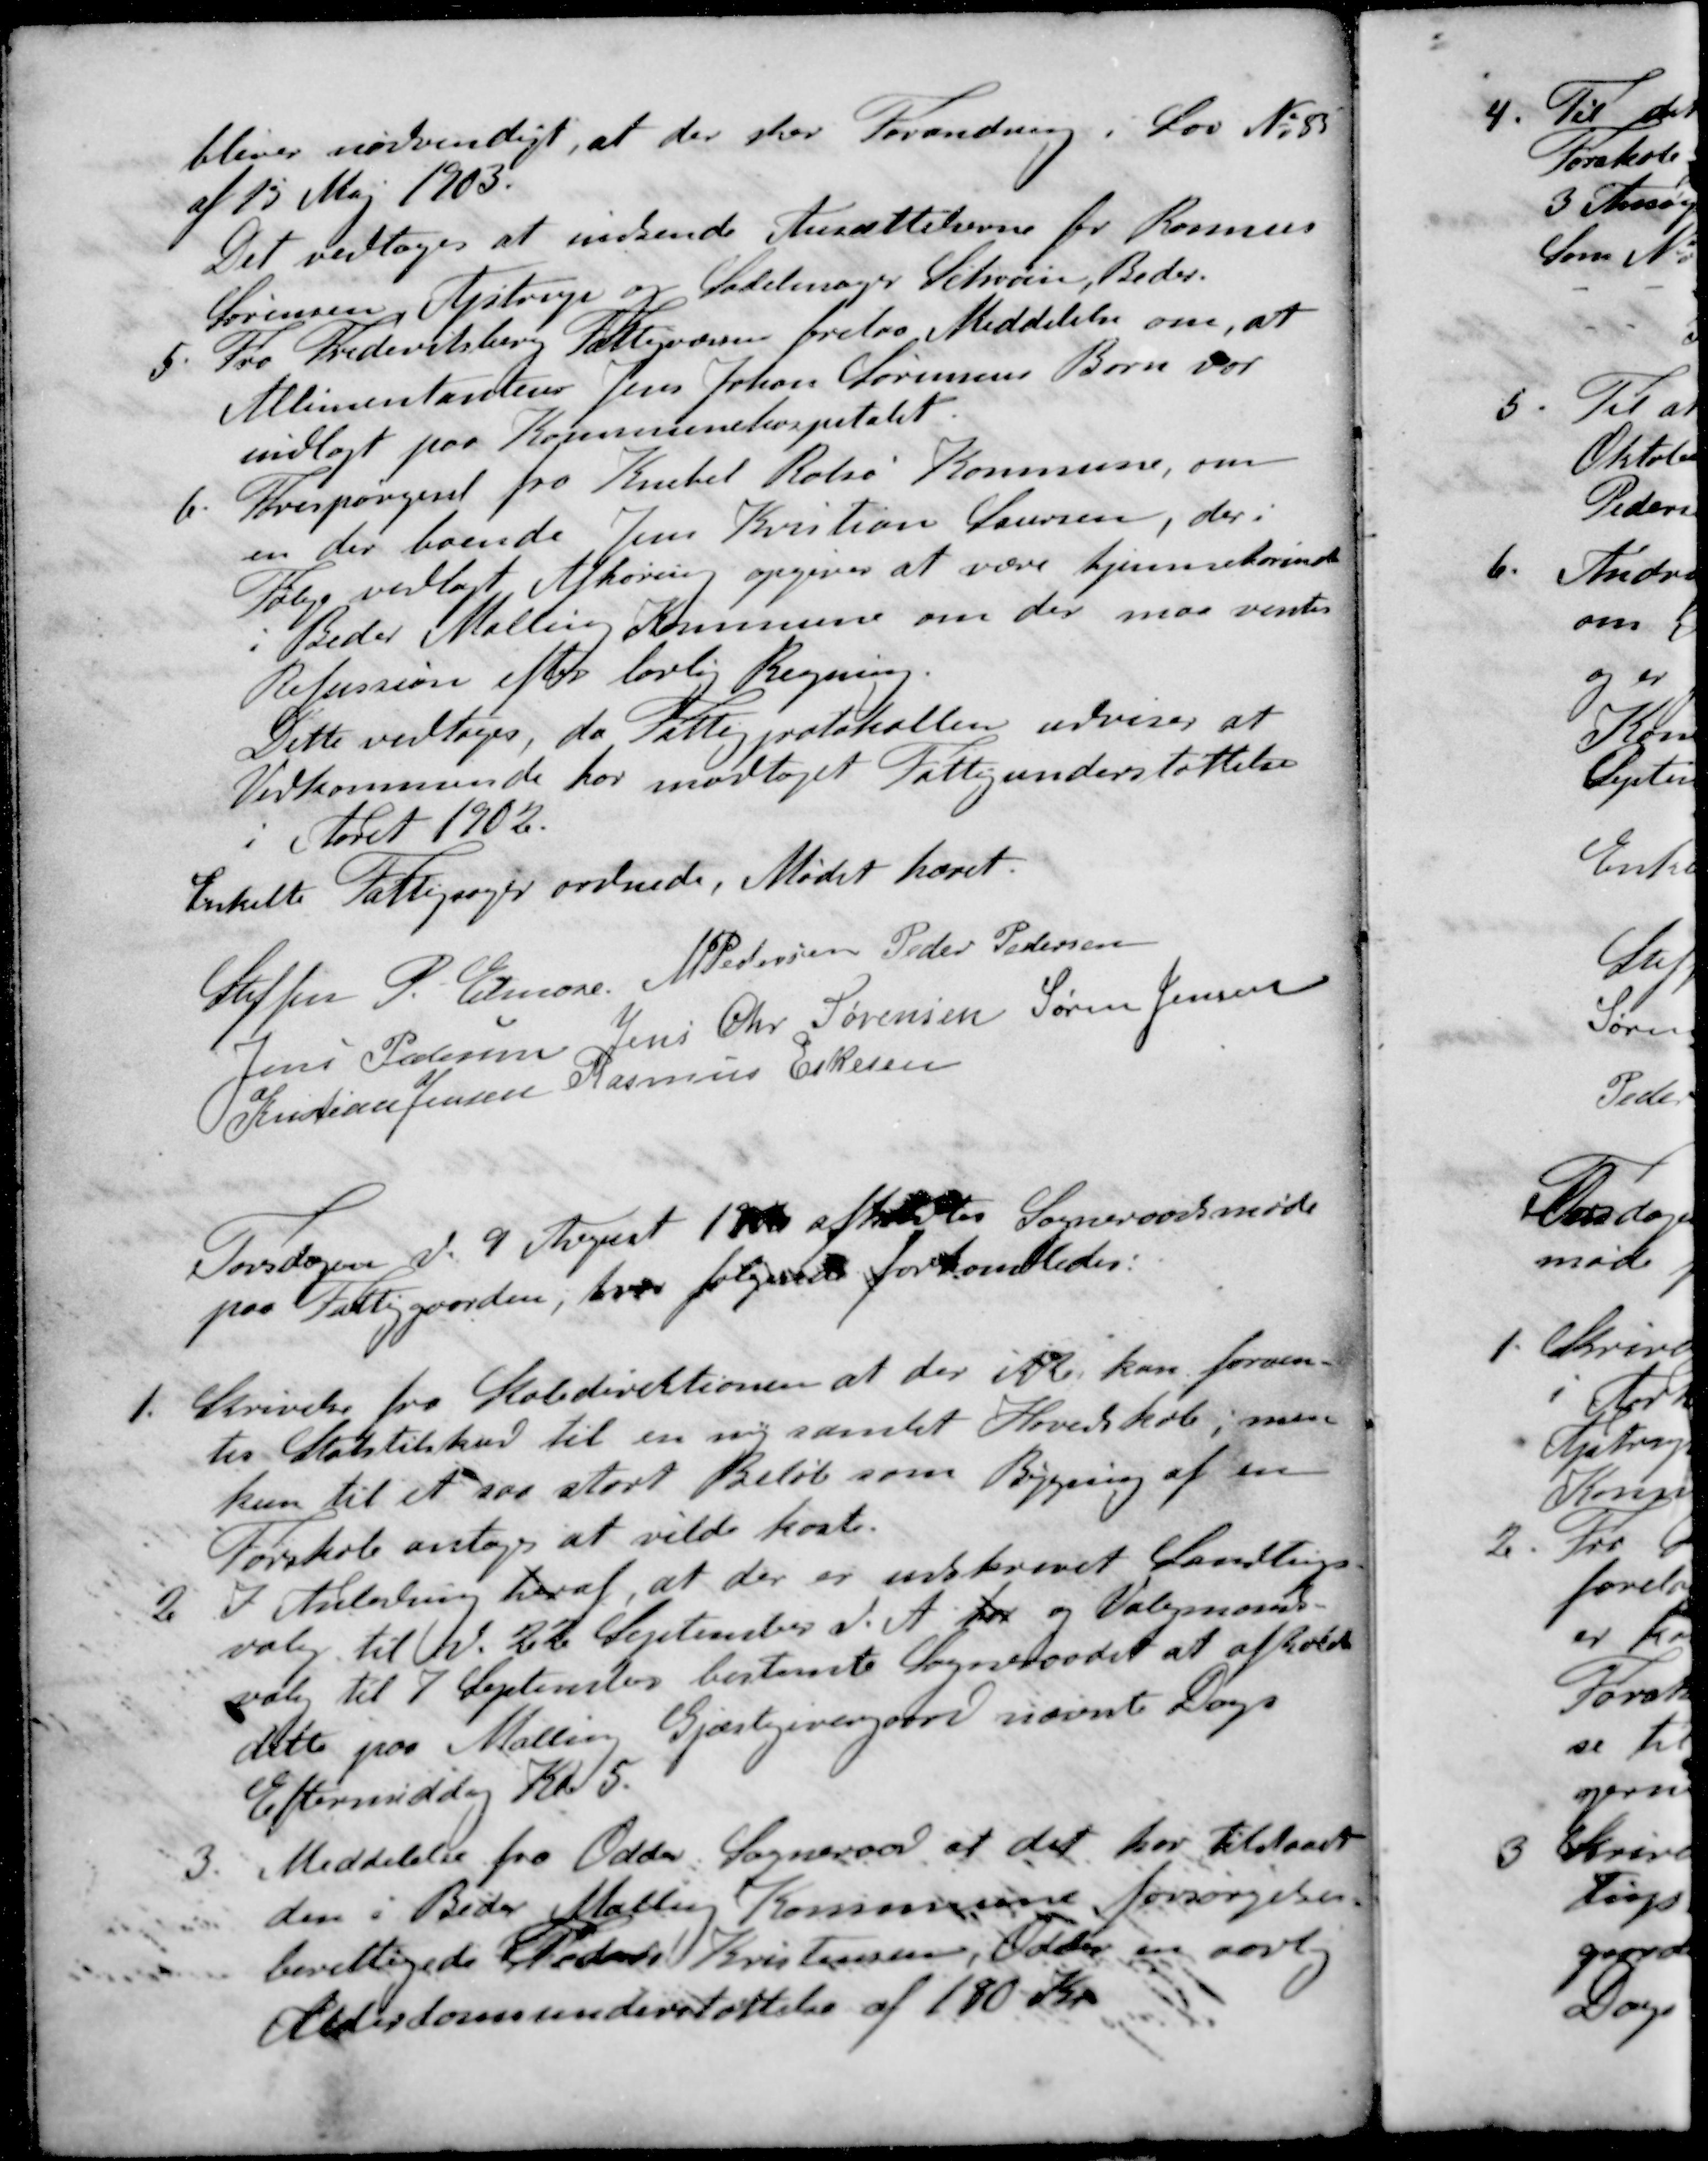
Transskription:
bliver nødvendigt, at der sker Forandring i Lov No 85
af 15 Maj 1903.
Det vedtoges at indsende Ansættelserne for Rasmus
Sørensen, Astrup og Sadelmager Sehverin Beder.
5. Fra Frederiksberg Fattigvæsen forelaa Meddelelse om, at
Allimentanten Jens Johan Sørensens Børn var
indlagt paa Kommunehospitalet.
6. Forespørgeset fra Knebel Rolsø Kommune, om
en der boende Jens Kristian Laursen, der i
Følge vedlagt Afhøring opgives at være hjemmehørende
i Beder Malling Kommune om der maa ventes
Refussion efter lovlig Regning
Dette vedtoges, da Fattigprotokollen udviser at
Vedkommende har modtaget Fattigunderstøttelse
i Aaret 1902.
Enkelte Fattigsager ordnede, Mødet hævet.
Steffen P. Elmose
M Pedersen
Peder Pedersen
Jens Petersen
Jens Chr Sørensen
Søren Jensen
Kristian Jensen
Rasmus Eskesen
Torsdagen d. 9 August 1906 afholdtes Sogneraadsmøde
paa Fattiggaarden, hvor følgende forhandledes:
1. Skrivelse fra Skoledirektionen at der ikke kan forven-
tes Statstilskud til en ny samlet Hovedskole men
kun til et saa stort Beløb som Bygning af en
Forskole antoges at vilde koste.
2. I Anledning heraf, at der er udskrevet Landlings-
valg til d. 22 September d. A. for og Valgmands-
valg til 7 September bestemte Sogneraadet at afholde
dette paa Malling Gjæstgivergaard nævnte Dags
Eftermiddag Kl. 5.
3. Meddelelse fra Odder Sogneraad at det har tilstaaet
den i Beder Malling Kommune forsørgelses-
berettigede Peder Kristensen, Odder en aarlig
Alderdomsunderstøttelse af 180 Kr.